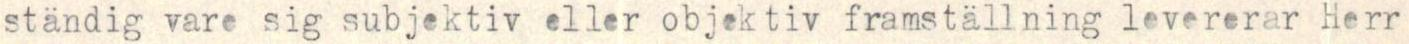
ständig vare sig subjektiv eller objektiv framställning levererar Herr